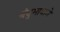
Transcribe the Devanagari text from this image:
बंधुभावाने